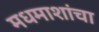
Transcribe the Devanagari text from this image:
मधमाशांचा